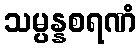
သမ္ပန္နစရဏံ